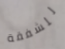
للشفقة